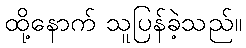
ထို့နောက် သူပြန်ခဲ့သည်။